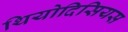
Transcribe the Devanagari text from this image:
थियोदिसियस